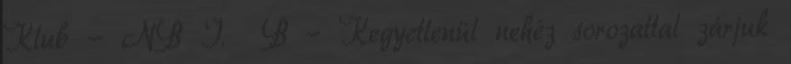
Klub - NB I. B – Kegyetlenül nehéz sorozattal zárjuk